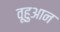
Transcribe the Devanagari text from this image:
वूहुआन